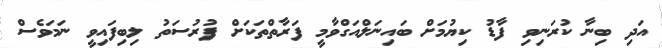
އަދި ބިނާ ކުރަނިވި ފާޑު ކިޔުމަށް ބައިނަލްއަގްވާމީ ފަރާތްތަކަށް ފުރުސަތު ލިބިފައިވީ ނަމަވެސް